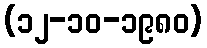
(၁၂-၁၀-၁၉၈၀)